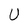
Character: U